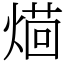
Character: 𤌚